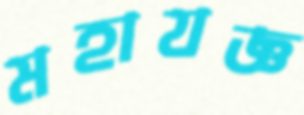
মহাযজ্ঞ